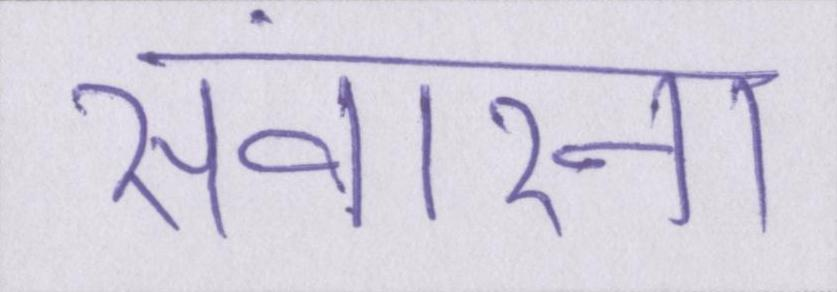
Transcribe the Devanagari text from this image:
संवारना